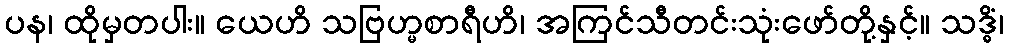
ပန၊ ထိုမှတပါး။ ယေဟိ သဗြဟ္မစာရီဟိ၊ အကြင်သီတင်းသုံးဖော်တို့နှင့်။ သဒ္ဓိံ၊